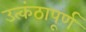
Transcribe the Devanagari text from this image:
उत्कंठापूर्ण